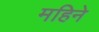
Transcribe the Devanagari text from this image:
महिनेे